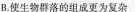
B.使生物群落的组成更为复杂